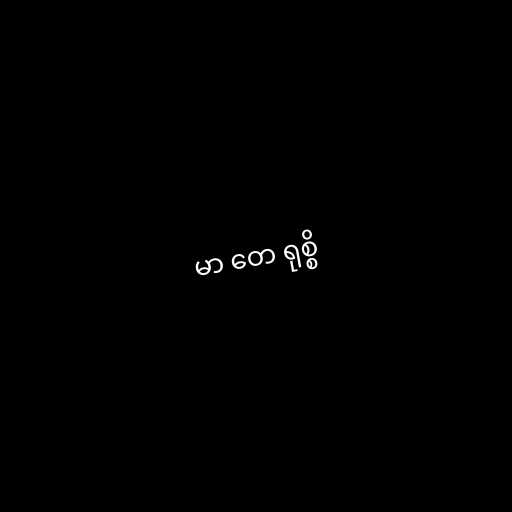
မာ တေ ရုစ္စိ